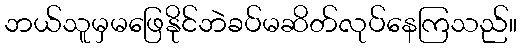
ဘယ်သူမှမဖြေနိုင်ဘဲခပ်မဆိတ်လုပ်နေကြသည်။